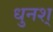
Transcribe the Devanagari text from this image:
धुनश्